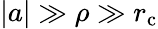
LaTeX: |a|\gg\rho\gg r_{\mathrm{c}}